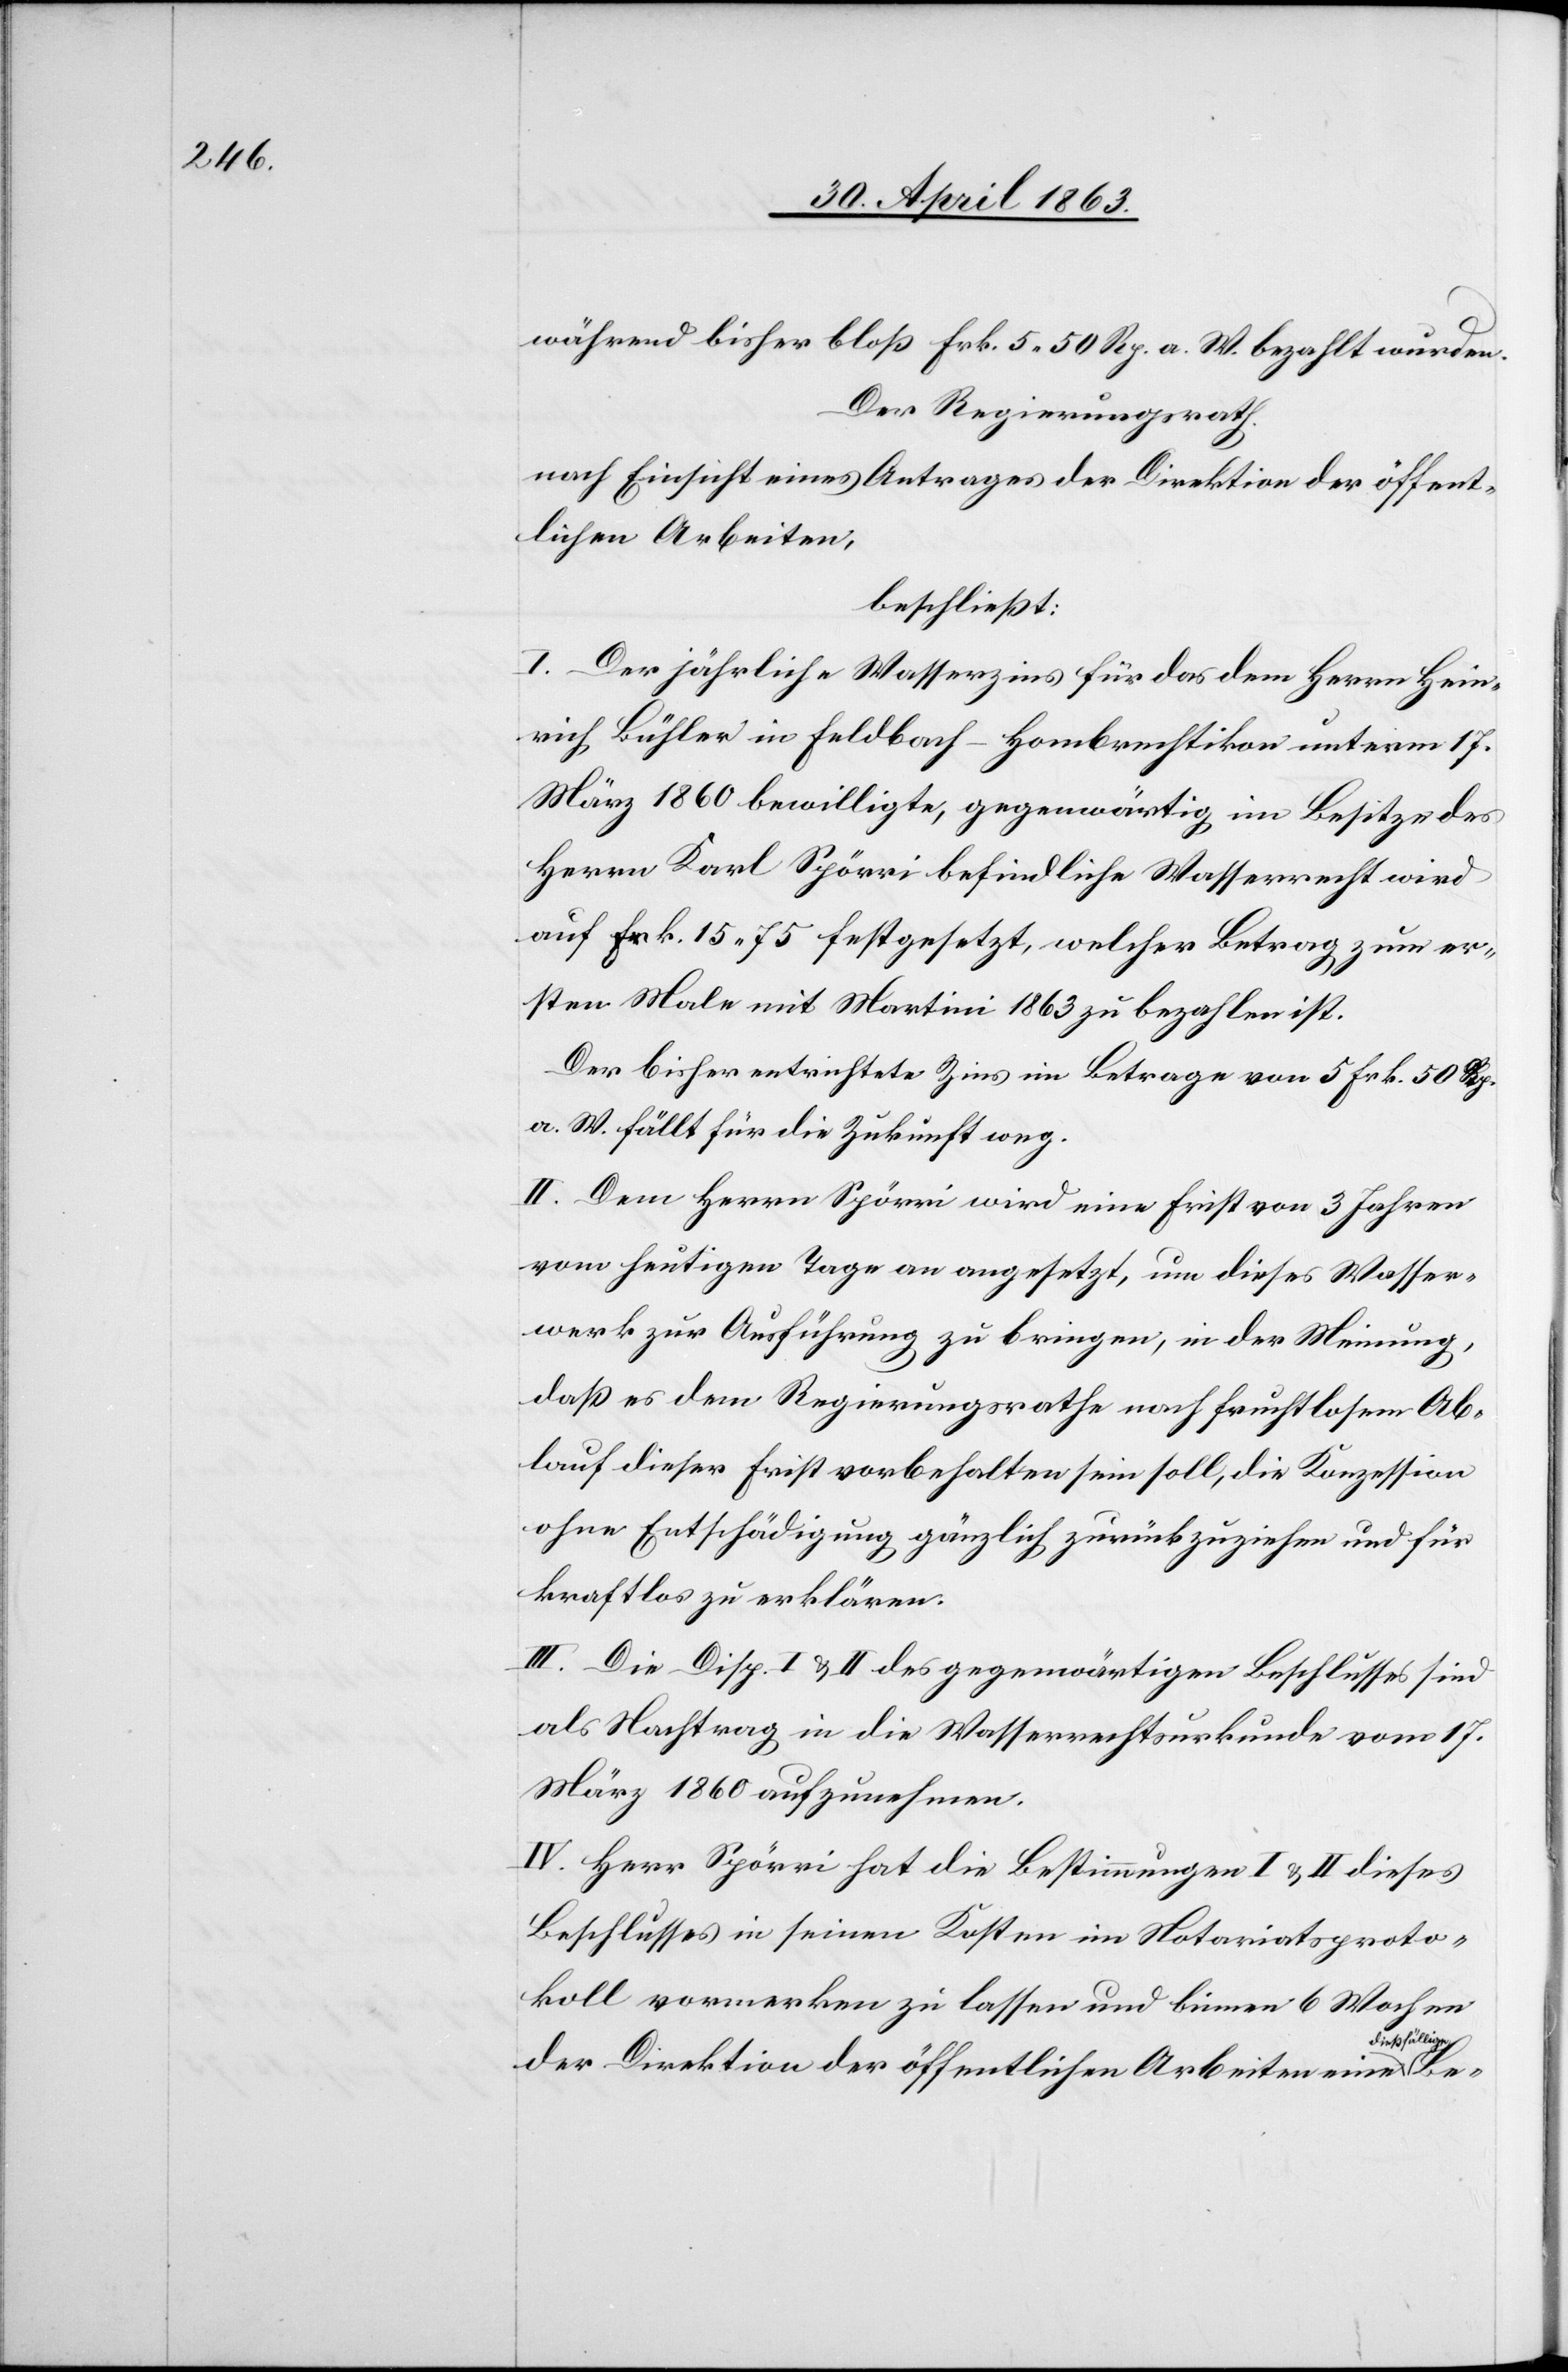
während bisher bloß Frk. 5. 50 Rp. a. W. bezahlt wurden.
Der Regierungsrath.
nach Einsicht eines Antrages der Direktion der öffent¬
lichen Arbeiten,
beschließt:
I. Der jährliche Wasserzins für das dem Herrn Hein¬
rich Bühler in Feldbach – Hombrechtikon unterm 17.
März 1860 bewilligte, gegenwärtig im Besitze des
Herrn Karl Spörri befindliche Wasserrecht wird
auf Frk. 15. 75 festgesetzt, welcher Betrag zum er¬
sten Male mit Martini 1863 zu bezahlen ist.
Der bisher entrichtete Zins im Betrage von 5 Frk. 50 Rp.
a. W. fällt für die Zukunft weg.
II. Dem Herrn Spörri wird eine Frist von 3 Jahren
vom heutigen Tage an angesetzt, um dieses Wasser¬
werk zur Ausführung zu bringen, in der Meinung,
daß es dem Regierungsrathe nach fruchtlosem Ab¬
lauf dieser Frist vorbehalten sein soll, die Konzession
ohne Entschädigung gänzlich zurückzuziehen und für
kraftlos zu erklären.
III. Die Disp. I & II des gegenwärtigen Beschlusses sind
als Nachtrag in die Wasserrechtsurkunde vom 17.
März 1860 aufzunehmen.
IV. Herr Spörri hat die Bestimmungen I & II dieses
Beschlusses in seinen Kosten im Notariatsproto¬
koll vormerken zu lassen und binnen 6 Wochen
ßfällige-a
der Direktion der öffentlichen Arbeiten eine a-die¬